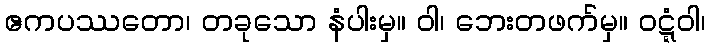
ဧကပဿတော၊ တခုသော နံပါးမှ။ ဝါ၊ ဘေးတဖက်မှ။ ဝဋ္ဋံဝါ၊